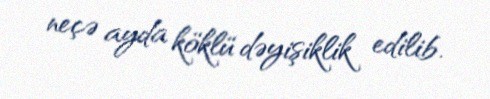
neçə ayda köklü dəyişiklik edilib.